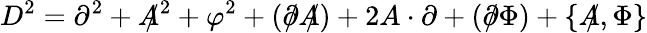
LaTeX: D^{2}=\partial^{2}+A\! \! \! /^{2}+\varphi^{2}+(\partial\! \! \! /A\! \! \! /)+2A\cdot\partial+(\partial\! \! \! /\Phi)+\{ A\! \! \! /,\Phi\}